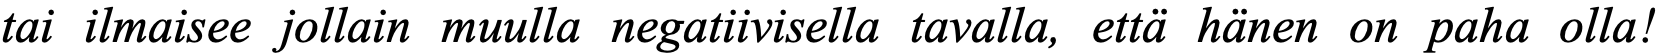
tai ilmaisee jollain muulla negatiivisella tavalla, että hänen on paha olla!